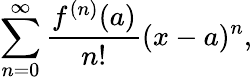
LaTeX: \sum_{n=0}^{\infty}{\frac{f^{(n)}(a)}{n!}}(x-a)^{n},